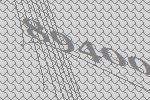
89400